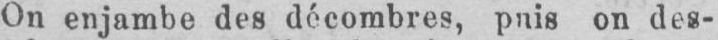
on des-